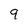
Character: 9